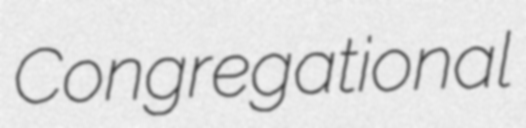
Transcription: Congregational